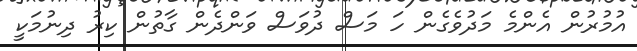
އުމުރުން އެންމެ މަދުވެގެން ހަ މަސް ދުވަސް ވަންދެން ގާތުން ކިރު ދިނުމަކީ